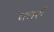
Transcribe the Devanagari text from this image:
पथरों